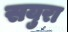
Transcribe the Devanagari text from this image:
सयुरा